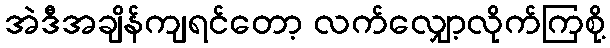
အဲဒီအချိန်ကျရင်တော့ လက်လျှော့လိုက်ကြစို့